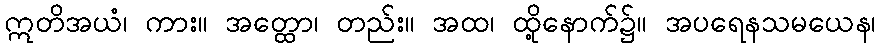
ဣတိအယံ၊ ကား။ အတ္ထော၊ တည်း။ အထ၊ ထို့နောက်၌။ အပရေနသမယေန၊